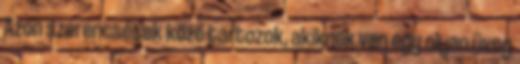
Azon szerencsések közé tartozok, akiknek van egy olyan üveg